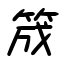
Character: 筬